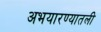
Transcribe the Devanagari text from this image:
अभयारण्यातली